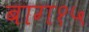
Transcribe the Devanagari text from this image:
बाग१५